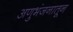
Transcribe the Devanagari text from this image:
अणुभंजनातून